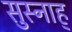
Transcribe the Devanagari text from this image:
सुस्नाह्